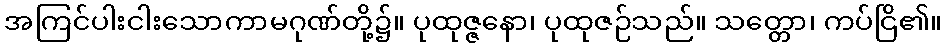
အကြင်ပါးငါးသောကာမဂုဏ်တို့၌။ ပုထုဇ္ဇနော၊ ပုထုဇဉ်သည်။ သတ္တော၊ ကပ်ငြိ၏။